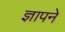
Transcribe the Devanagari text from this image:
ज्ञापने